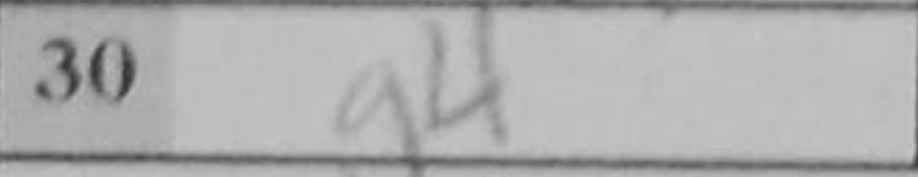
Transcription: g4